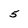
Character: 5